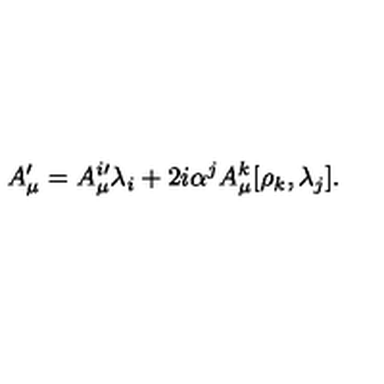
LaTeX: A _ { \mu } ^ { \prime } = A _ { \mu } ^ { i \prime } \lambda _ { i } + 2 i \alpha ^ { j } A _ { \mu } ^ { k } [ \rho _ { k } , \lambda _ { j } ] .